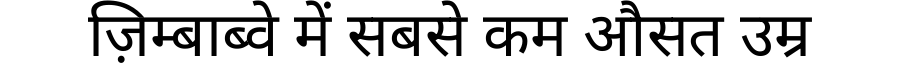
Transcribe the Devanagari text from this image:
ज़िम्बाब्वे में सबसे कम औसत उम्र